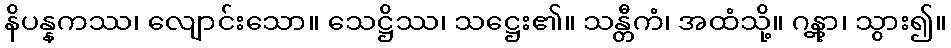
နိပန္နကဿ၊ လျောင်းသော။ သေဋ္ဌိဿ၊ သဋ္ဌေး၏။ သန္တီကံ၊ အထံသို့။ ဂန္တွာ၊ သွား၍။